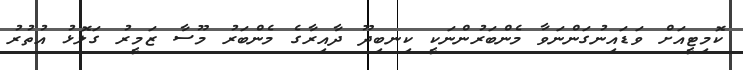
ކޮމިޓީއަށް ވަޑައިނުގަންނަވާ މެންބަރުންނަކީ ކިނބިދޫ ދާއިރާގެ މެންބަރު މޫސާ ޒަމީރު ގަލޮޅު އުތުރު